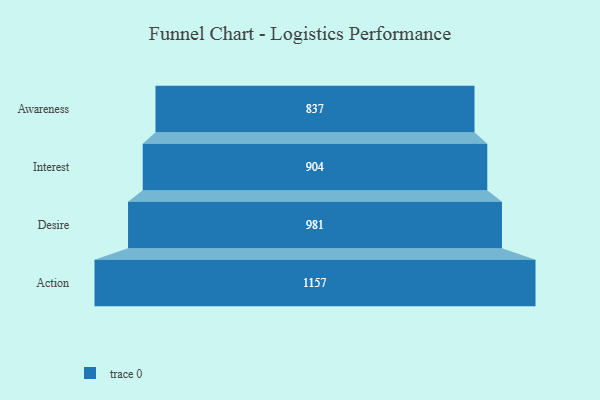
{"axis": {"x": "Stage", "y": "Value"}, "legend": [""], "data": [{"x": "Awareness", "y": 837.0, "type": ""}, {"x": "Interest", "y": 904.0, "type": ""}, {"x": "Desire", "y": 981.0, "type": ""}, {"x": "Action", "y": 1157.0, "type": ""}]}